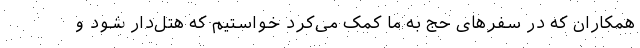
همکاران که در سفرهای حج به ما کمک می‌کرد خواستیم که هتل‌دار شود و